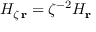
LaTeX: { H } _ { \zeta \, \bf r } = \zeta ^ { - 2 } { H } _ { \bf r } \;